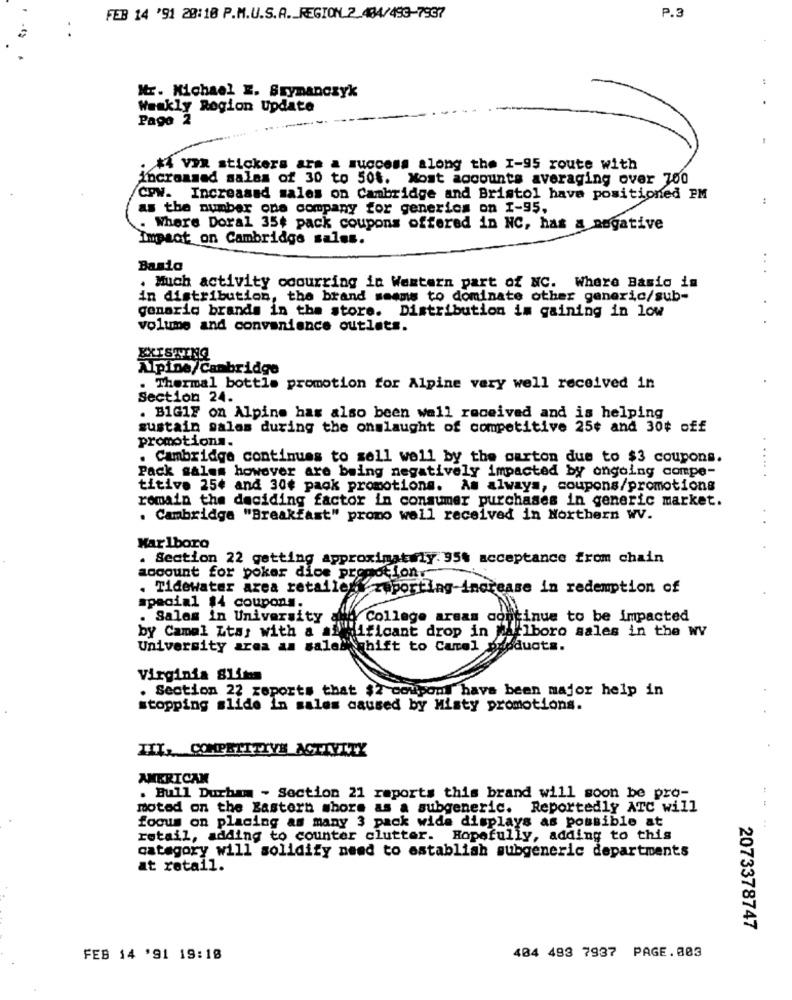
FEB 14 '91 28:10 P.M.U.S.A ._ REGION 2 484/493-7937
P.
Mr. Michael E. Srymanczyk
Weakly Region Update
Pago 2
. * vix stickers are a success along the I-95 route with
incrammed salas of 30 to 504. Most accounts averaging over 700
Cow. Increased sales on Cambridge and Bristol have positioned PM
:
as the number one company for generics on I-95,
. Where Doral 35¢ pack coupons offered in NC, has a negative
Impact on Cambridge sales.
Basio
...
. Much activity coourring in Western part of NC. Where Basio in
in distribution, the brand seems to dominate other generic/sub-
genaric brands in the store. Distribution im gaining in low
volume and convenience outlets.
EXISTING
Alpine/Cambridge
. Thermal bottle promotion for Alpine very well received in
Section 24.
. B1G1F on Alpine has also been well received and is helping
sustain galas during the onslaught of competitive 25¢ and 30¢ off
promotions.
. Cambridge continues to sell well by the ourton due to $3 coupons.
Pack salem however are being negatively impacted by ongoing compe-
.....
titive 25¢ and 30¢ paok promotions. As always, coupons/promotions
romain the deciding factor in consumer purchases in generic market.
. Cambridge "Breakfast" prono well received in Northern wV.
Marlboro
. Section 22 getting approximately: 95% acceptance from chain
account for poker dice promotion.
. Tidewater area retailers zaporting-increase in redemption of
special $4 coupons.
. Sales in University and College areas continue to be impacted
dificant drop in marlboro sales in the WV
by Camal Ltas with a all
University area as salein shift to Cartel products.
Virginia Siins
. Section 22 reports that $2 coupons have been major help in
stopping slide in sales caused by Misty promotions.
III. COMPETITIVE ACTIVITY
AMERICAN
. Bull Durham - Section 21 reports this brand will soon be pro-
moted on the Eastern shore as a subgeneric. Reportedly ATC will
focus on placing as many 3 pack wide displays as possible at
retail, adding to counter clutter. Hopefully, adding to this
category will solidify need to establish subgeneric departments
at retail.
2073378747
404 493 7937 PAGE.003
FEB 14 '91 19:18